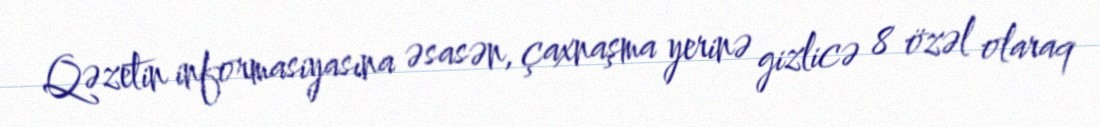
Qəzetin informasiyasına əsasən, çaxnaşma yerinə gizlicə 8 özəl olaraq